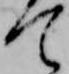
て